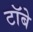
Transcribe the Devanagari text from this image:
टॉबे